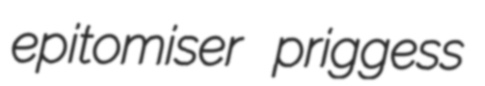
epitomiser priggess